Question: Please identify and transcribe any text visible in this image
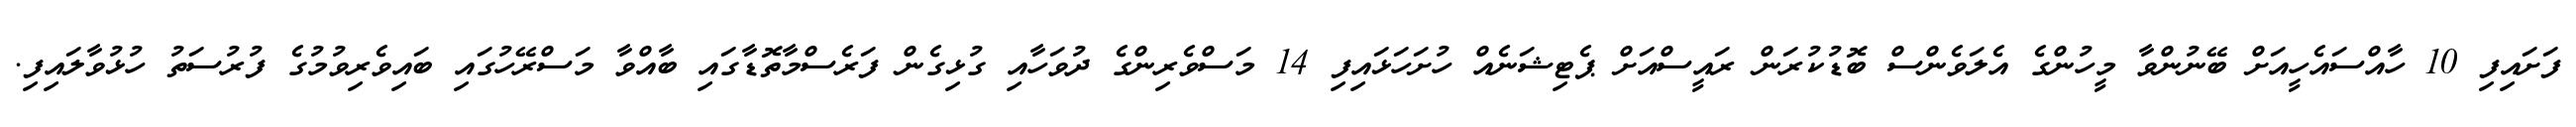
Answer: ފަށައިފި 10 ހާއްސައެހީއަށް ބޭނުންވާ މީހުންގެ އެލަވެންސް ބޮޑުކުރަން ރައީސްއަށް ޕެޓިޝަނެއް ހުށަހަޅައިފި 14 މަސްވެރިންގެ ދުވަހާއި ގުޅިގެން ފަރެސްމާތޮޑާގައި ބާއްވާ މަސްރޭހުގައި ބައިވެރިވުމުގެ ފުރުސަތު ހުޅުވާލައިފި.